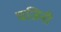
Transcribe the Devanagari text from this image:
घजिनी